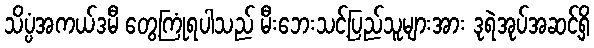
သိပ္ပံအကယ်ဒမီ တွေ့ကြုံရပါသည် မီးဘေးသင့်ပြည်သူများအား ဒုရဲအုပ်အဆင့်ရှိ